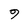
Character: 9